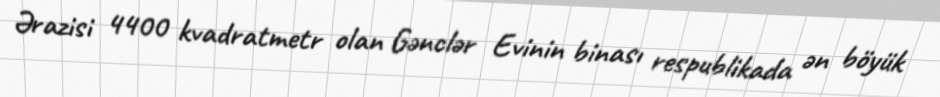
Ərazisi 4400 kvadratmetr olan Gənclər Evinin binası respublikada ən böyük